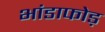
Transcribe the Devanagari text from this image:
भांडाफोड़